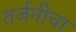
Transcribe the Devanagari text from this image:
तर्जनीचा